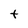
Character: t